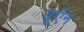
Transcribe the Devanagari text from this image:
यूऍन